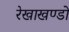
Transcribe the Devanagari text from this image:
रेखाखण्डों